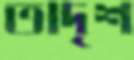
তাদৃশ